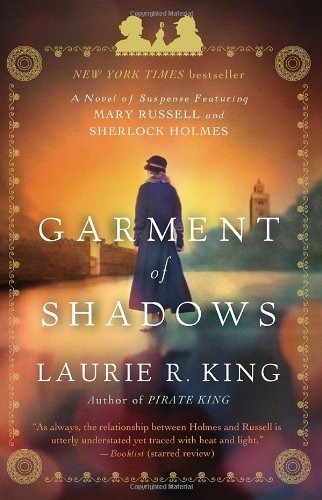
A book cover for Garment of Shadows: A novel of suspense featuring Mary Russell and Sherlock Holmes; Laurie R. King; Mystery, Thriller & Suspense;